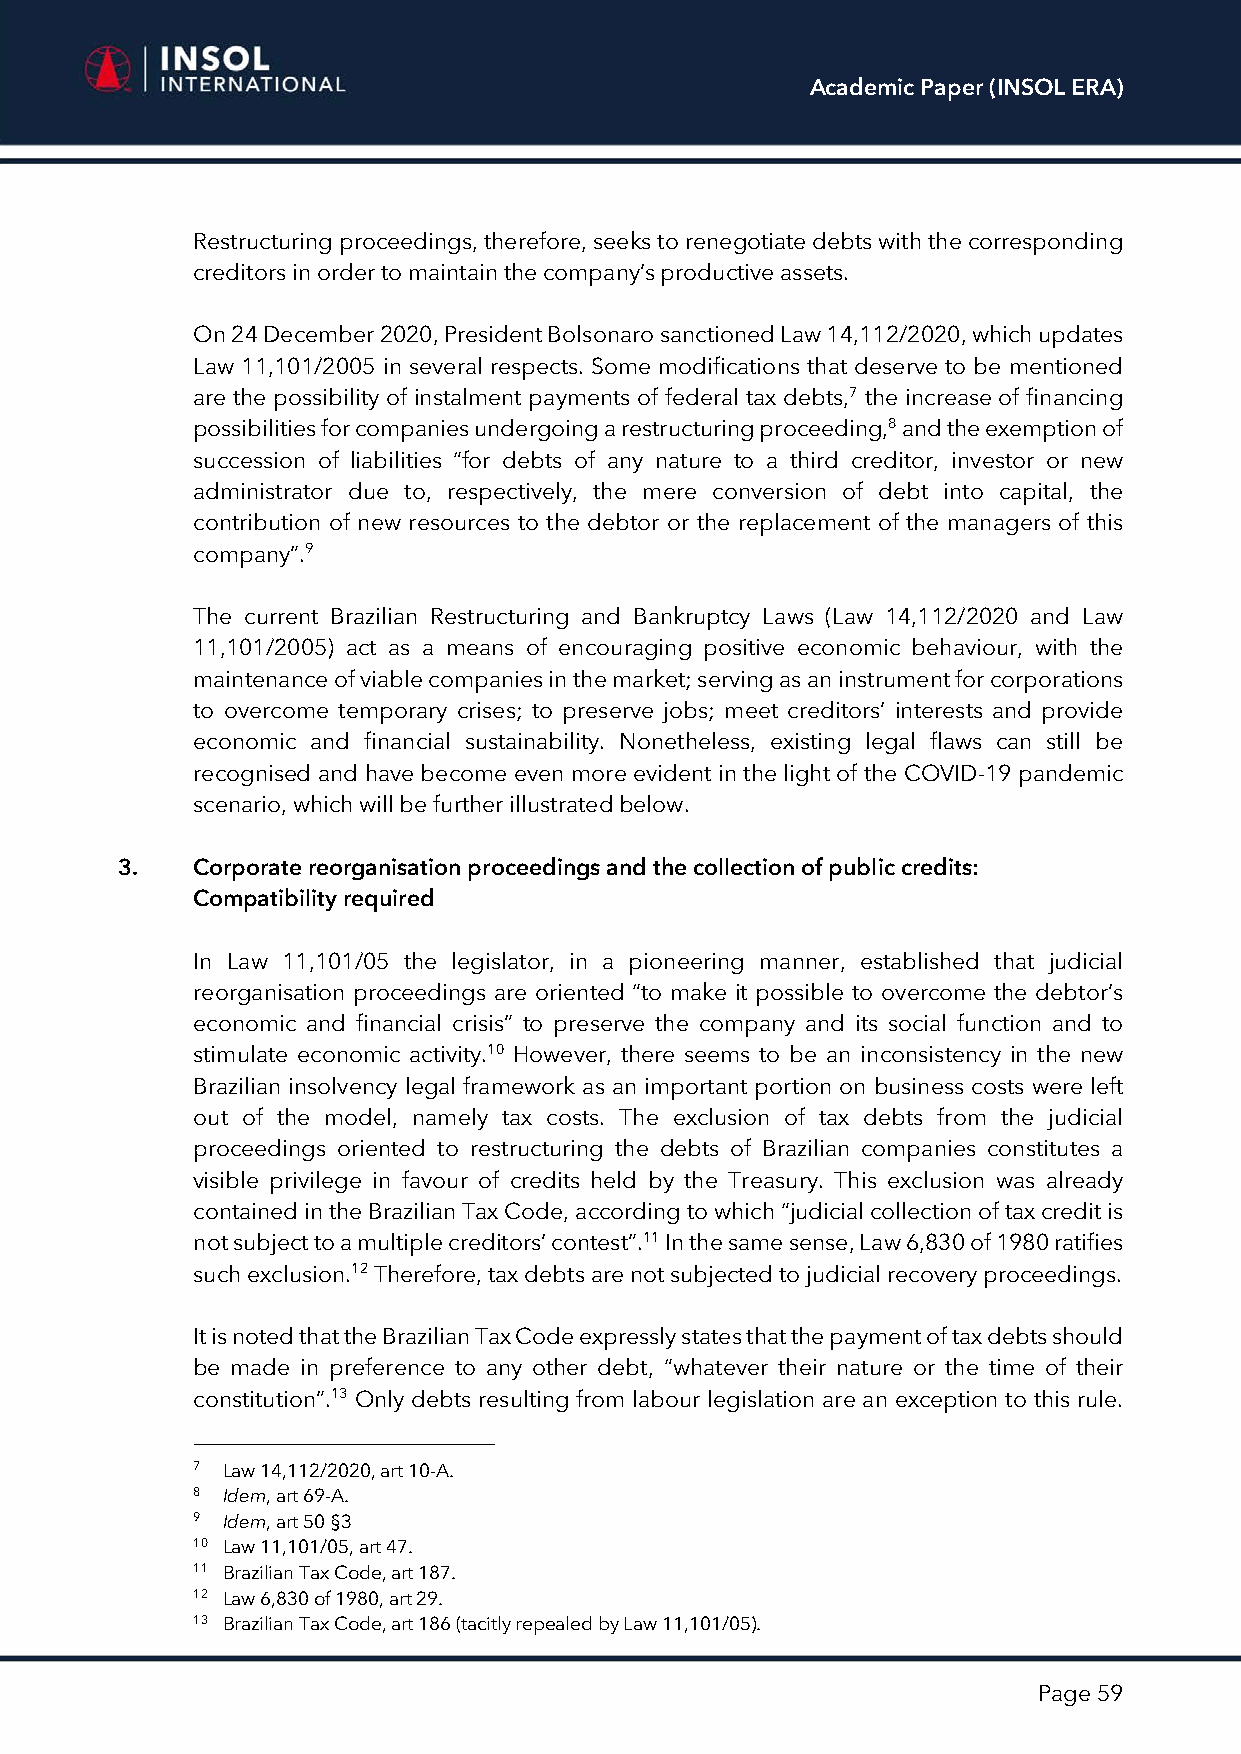
Academic Paper (INSOL ERA)
 Restructuring proceedings, therefore, seeks to renegotiate debts with the corresponding
 creditors in order to maintain the company’s productive assets.
 On 24 December 2020, President Bolsonaro sanctioned Law 14,112/2020, which updates
 Law 11,101/2005 in several respects. Some modifications that deserve to be mentioned
 are the possibility of instalment payments of federal tax debts,7 the increase of financing
 possibilities for companies undergoing a restructuring proceeding,8 and the exemption of
 succession of liabilities “for debts of any nature to a third creditor, investor or new
 administrator due to, respectively, the mere conversion of debt into capital, the
 contribution of new resources to the debtor or the replacement of the managers of this
 company”.9
 The current Brazilian Restructuring and Bankruptcy Laws (Law 14,112/2020 and Law
 11,101/2005) act as a means of encouraging positive economic behaviour, with the
 maintenance of viable companies in the market; serving as an instrument for corporations
 to overcome temporary crises; to preserve jobs; meet creditors’ interests and provide
 economic and financial sustainability. Nonetheless, existing legal flaws can still be
 recognised and have become even more evident in the light of the COVID-19 pandemic
 scenario, which will be further illustrated below.
 3.   Corporate reorganisation proceedings and the collection of public credits:
 Compatibility required
 In Law 11,101/05 the legislator, in a pioneering manner, established that judicial
 reorganisation proceedings are oriented “to make it possible to overcome the debtor’s
 economic and financial crisis” to preserve the company and its social function and to
 stimulate economic activity.10 However, there seems to be an inconsistency in the new
 Brazilian insolvency legal framework as an important portion on business costs were left
 out of the model, namely tax costs. The exclusion of tax debts from the judicial
 proceedings oriented to restructuring the debts of Brazilian companies constitutes a
 visible privilege in favour of credits held by the Treasury. This exclusion was already
 contained in the Brazilian Tax Code, according to which “judicial collection of tax credit is
 not subject to a multiple creditors’ contest”.11 In the same sense, Law 6,830 of 1980 ratifies
 such exclusion.12 Therefore, tax debts are not subjected to judicial recovery proceedings.
 It is noted that the Brazilian Tax Code expressly states that the payment of tax debts should
 be made in preference to any other debt, “whatever their nature or the time of their
 constitution”.13 Only debts resulting from labour legislation are an exception to this rule.
 7 Law 14,112/2020, art 10-A.
 8 Idem, art 69-A.
 9 Idem, art 50 §3
 10 Law 11,101/05, art 47.
 11 Brazilian Tax Code, art 187.
 12 Law 6,830 of 1980, art 29.
 13 Brazilian Tax Code, art 186 (tacitly repealed by Law 11,101/05).
 Page 59